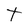
Character: t